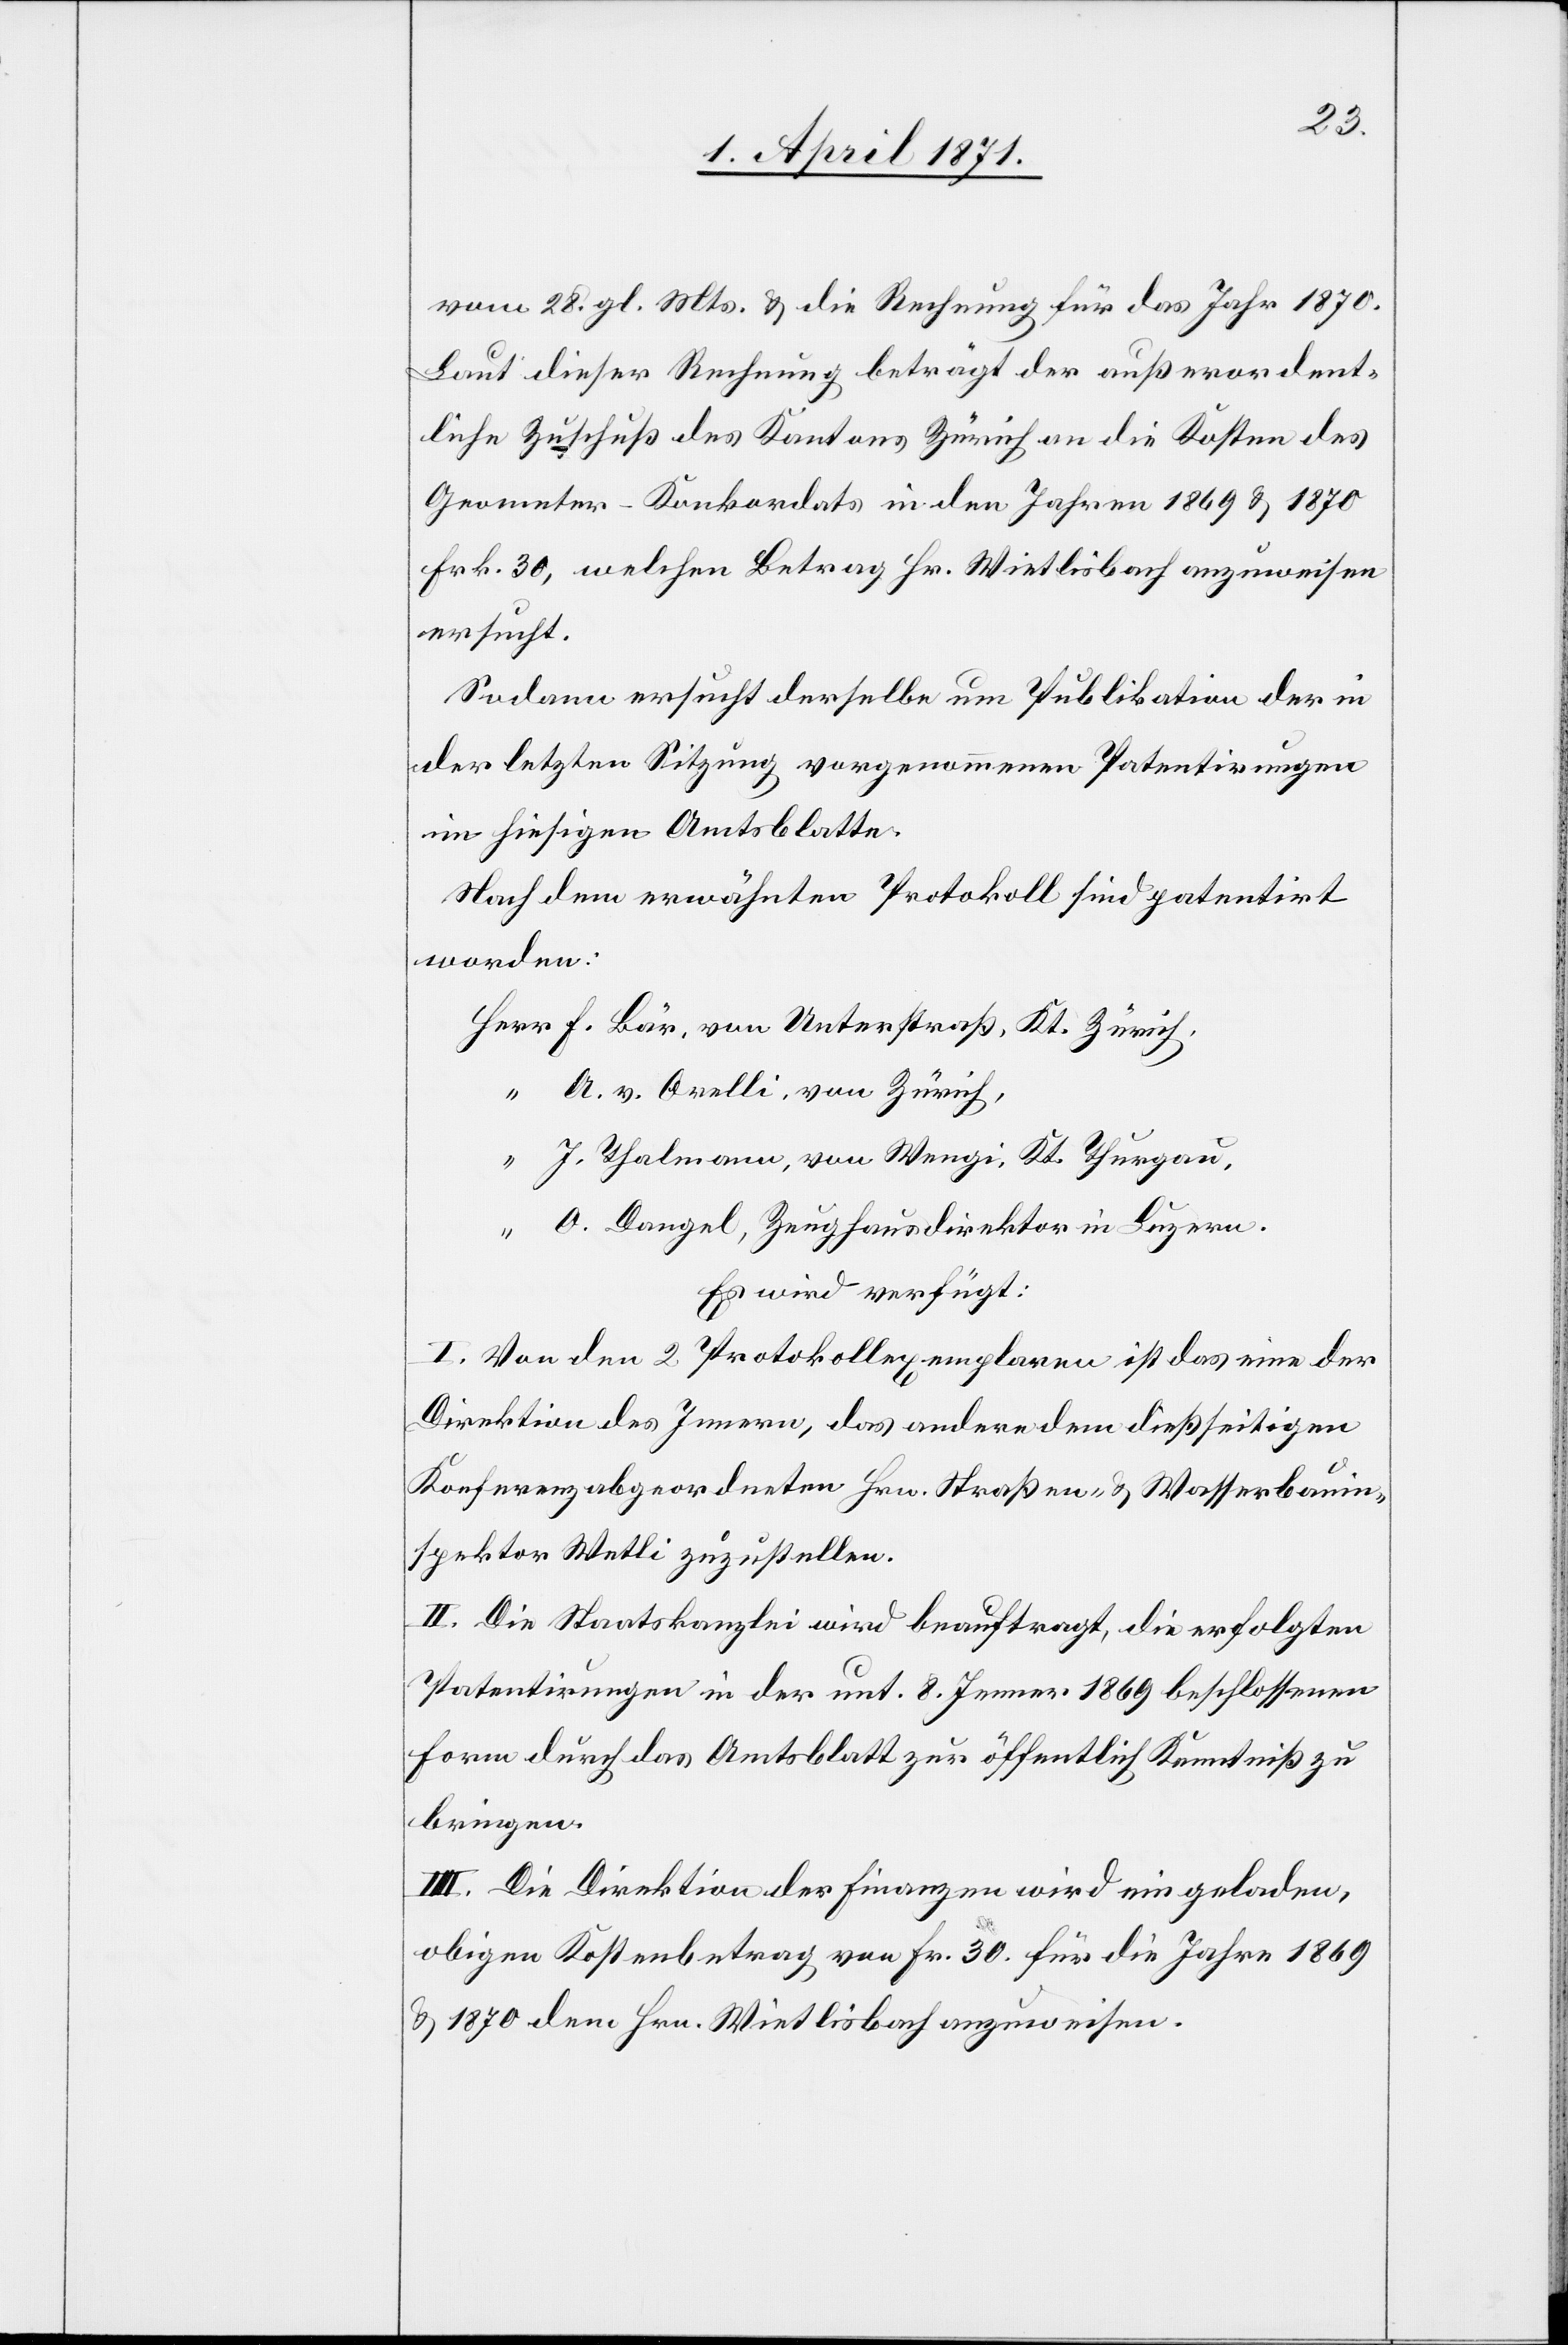
vom 28. gl. Mts. u. die Rechnung für das Jahr 1870.
Laut dieser Rechnung beträgt der außerordent¬
liche Zuschuß des Kantons Zürich an die Kosten des
Geometer-Konkordats in den Jahren 1869 u. 1870
Frk. 30, welchen Betrag Hr. Wietlisbach anzuweisen
ersucht.
Sodann ersucht derselbe um Publikation der in
der letzten Sitzung vorgenommenen Patentirungen
im hiesigen Amtsblatte.
Nach dem erwähnten Protokoll sind patentirt
worden:
F. Bär, von Unterstraß, Kt. Zürich,
A. v. Orelli, von Zürich,
J. Thalmann, von Wengi, Kt. Thurgau,
O. Dangel, Zeughausdirektor in Luzern.
Es wird verfügt:
I. Von den 2 Protokollexemplaren ist das eine der
Direktion des Innern, das andere dem dießseitigen
Konferenzabgeordneten Hrn. Straßen- u. Wasserbauin¬
spektor Wetli zuzustellen.
II. Die Staatskanzlei wird beauftragt, die erfolgten
Patentirungen in der unt. 8. Jenner 1869 beschlossenen
Form durch das Amtsblatt zur öffentlich [sic!] Kenntniß zu
bringen.
III. Die Direktion der Finanzen wird eingeladen,
obigen Kostenbetrag von Fr. 30 für die Jahre 1869
u. 1870 dem Hrn. Wietlisbach anzuweisen.